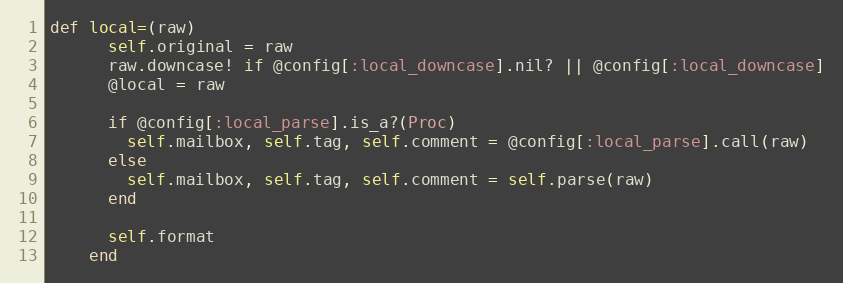
Language: Ruby
def local=(raw)
      self.original = raw
      raw.downcase! if @config[:local_downcase].nil? || @config[:local_downcase]
      @local = raw

      if @config[:local_parse].is_a?(Proc)
        self.mailbox, self.tag, self.comment = @config[:local_parse].call(raw)
      else
        self.mailbox, self.tag, self.comment = self.parse(raw)
      end

      self.format
    end